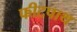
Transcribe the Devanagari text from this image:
फीटपाथ